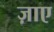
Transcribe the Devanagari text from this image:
ज़ाए